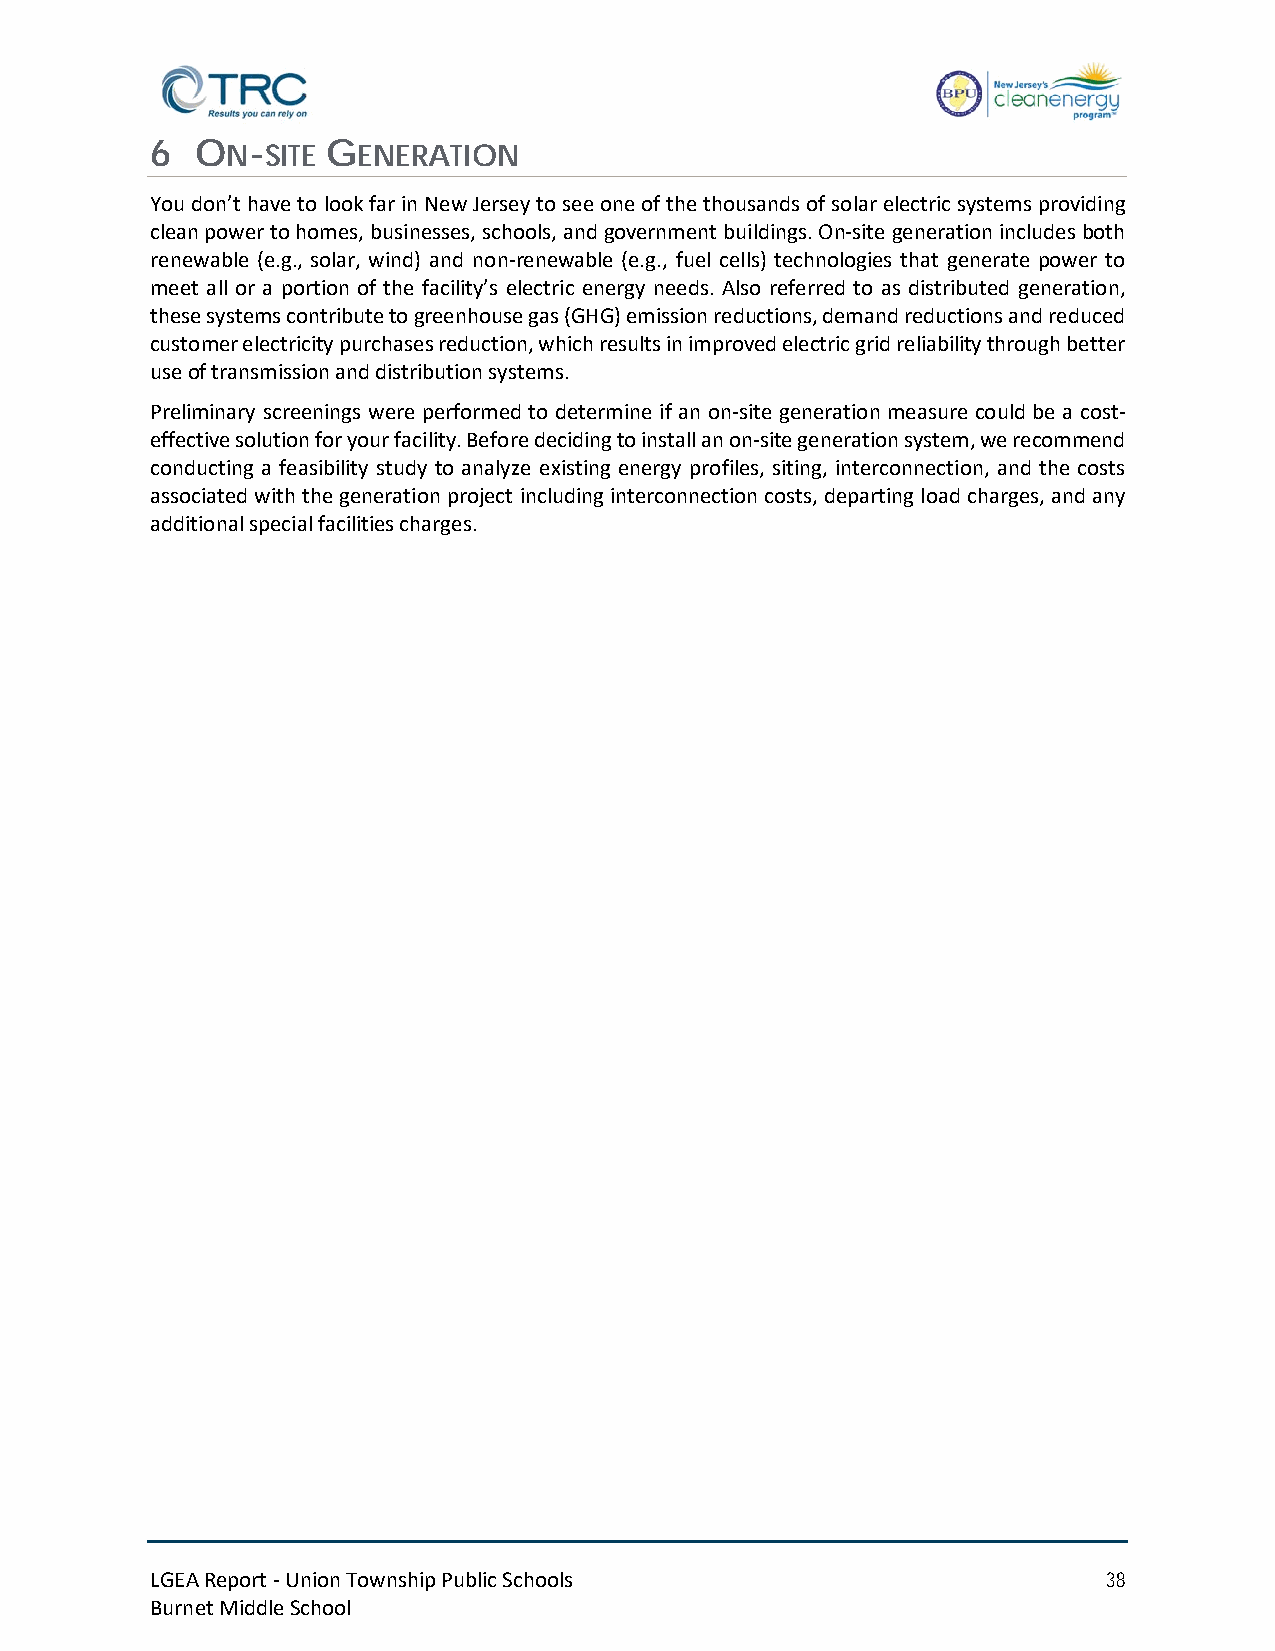
6  ON-SITE  GENERATION
 You don’t have to look far in New Jersey to see one of the thousands of solar electric systems providing
 clean power to homes, businesses, schools, and government buildings. On-site generation includes both
 renewable (e.g., solar, wind) and non-renewable (e.g., fuel cells) technologies that generate power to
 meet all or a portion of the facility’s electric energy needs. Also referred to as distributed generation,
 these systems contribute to greenhouse gas (GHG) emission reductions, demand reductions and reduced
 customer electricity purchases reduction, which results in improved electric grid reliability through better
 use of transmission and distribution systems.
 Preliminary screenings were performed to determine if an on-site generation measure could be a cost-
 effective solution for your facility. Before deciding to install an on-site generation system, we recommend
 conducting a feasibility study to analyze existing energy profiles, siting, interconnection, and the costs
 associated with the generation project including interconnection costs, departing load charges, and any
 additional special facilities charges.
 LGEA Report - Union Township Public Schools                    38
 Burnet Middle School